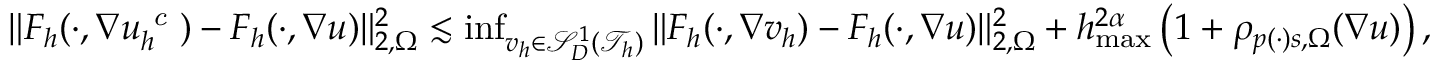
\begin{array} { r } { \| F _ { h } ( \cdot , \nabla u _ { h } ^ { \textit { c } } ) - F _ { h } ( \cdot , \nabla u ) \| _ { 2 , \Omega } ^ { 2 } \lesssim \operatorname* { i n f } _ { v _ { h } \in \mathcal { S } _ { D } ^ { 1 } ( \mathcal { T } _ { h } ) } { \| F _ { h } ( \cdot , \nabla v _ { h } ) - F _ { h } ( \cdot , \nabla u ) \| _ { 2 , \Omega } ^ { 2 } } + h _ { \operatorname* { m a x } } ^ { 2 \alpha } \, \big ( 1 + \rho _ { p ( \cdot ) s , \Omega } ( \nabla u ) \big ) \, , } \end{array}